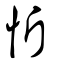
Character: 忻